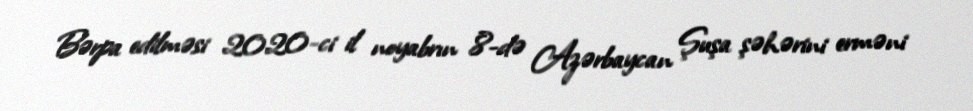
Bərpa edilməsi 2020-ci il noyabrın 8-də Azərbaycan Şuşa şəhərini erməni